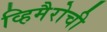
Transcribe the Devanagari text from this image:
व्हिमैरोची